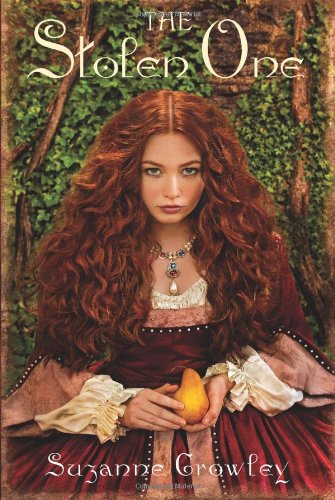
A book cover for The Stolen One; Suzanne Crowley; Teen & Young Adult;